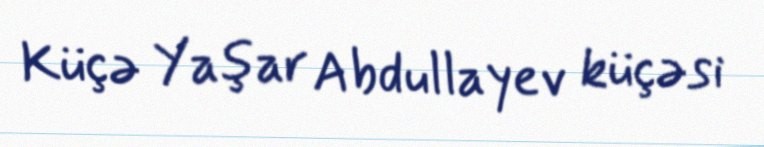
Küçə Yaşar Abdullayev küçəsi